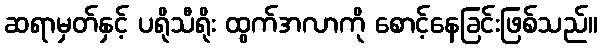
ဆရာမှတ်နှင့် ပရိုသီရိုး ထွက်အလာကို စောင့်နေခြင်းဖြစ်သည်။